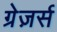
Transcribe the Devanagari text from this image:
ग्रेज़र्स